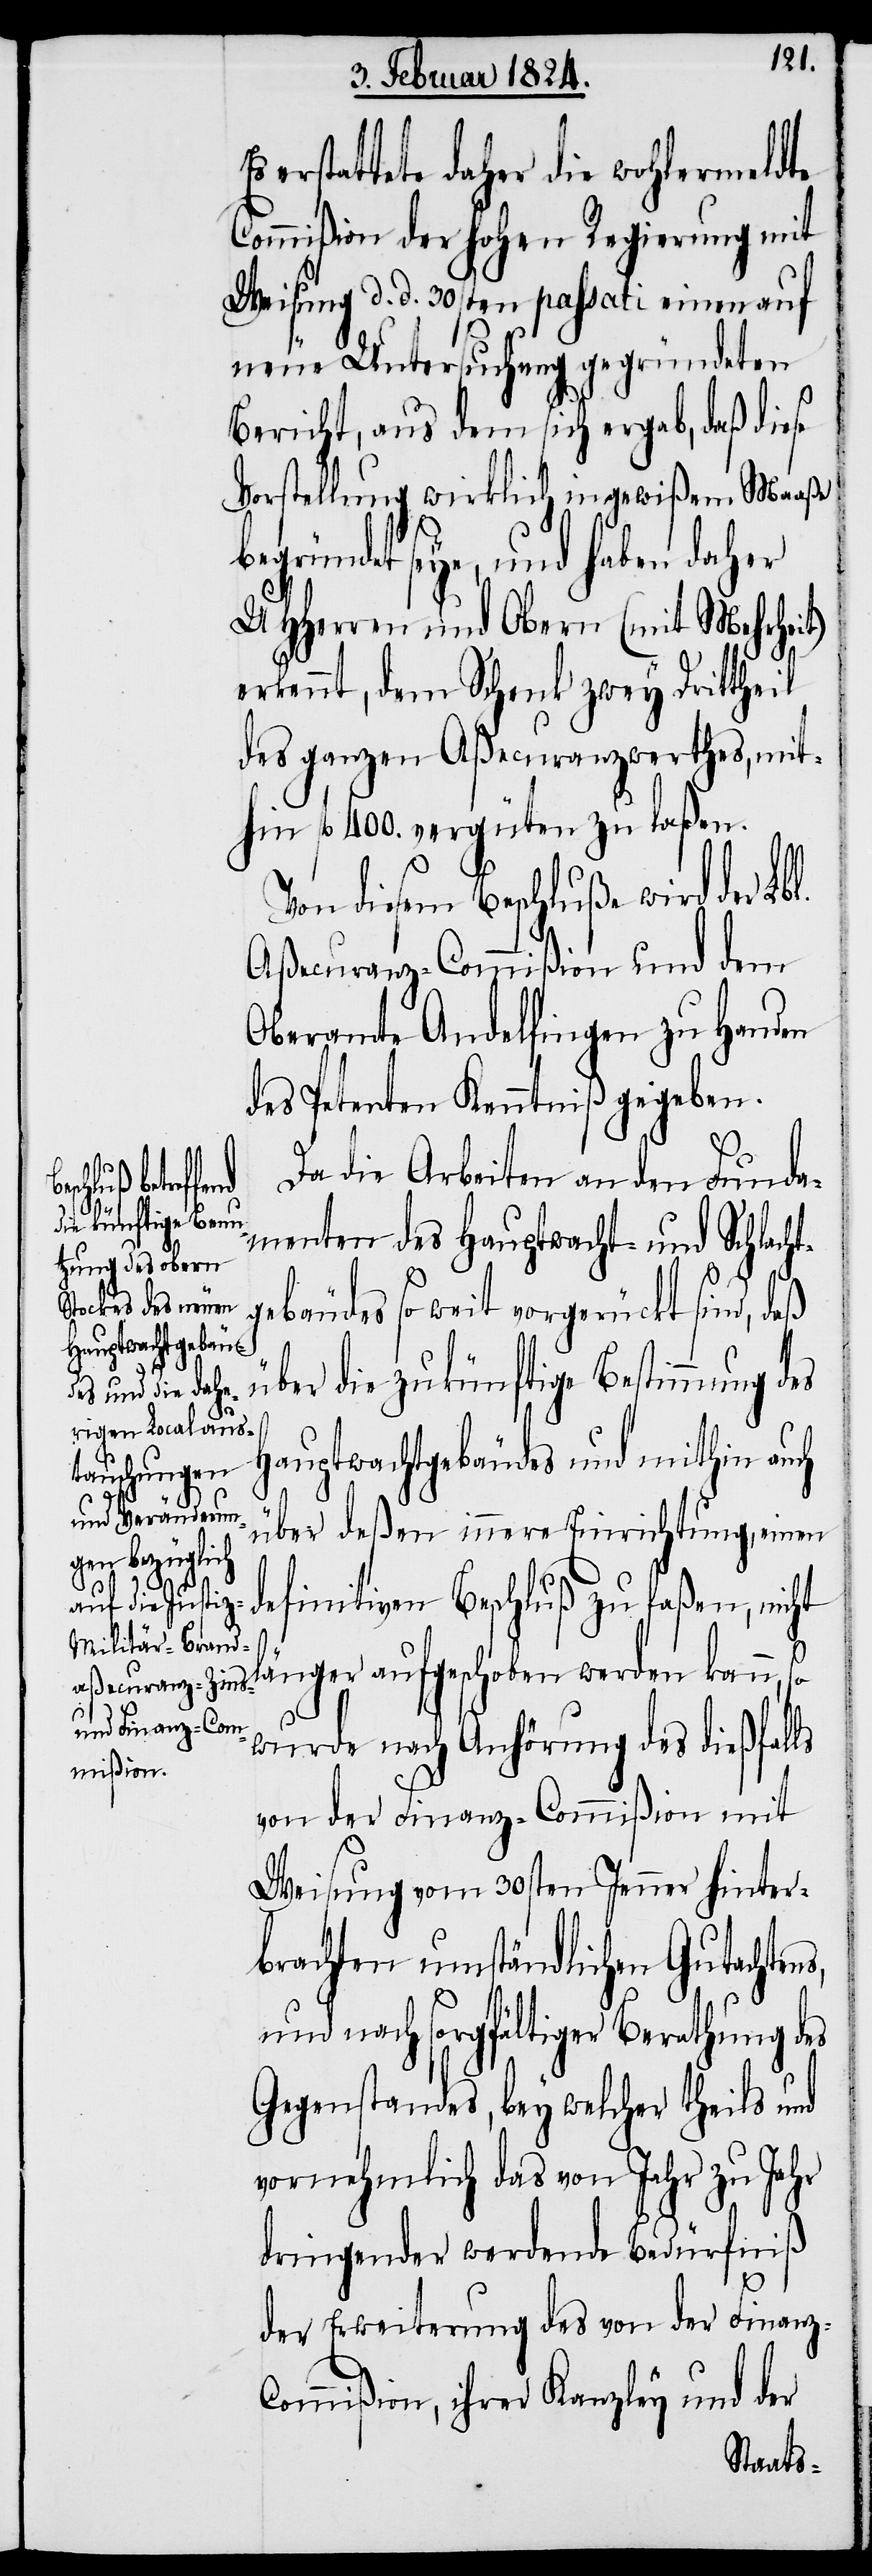
Es

erstatte daher die wohlermeldte
Commißion der hohen Regierung mit
Weisung d. d. 30sten passati einen auf
neue Untersuchung gegründeten
Bericht, aus dem sich ergab, daß diese
Vorstellung wirklich in gewißem Maaße
begründet seye, und haben daher
UHHerren und Obern (mit Mehrheit)
erkennt, dem Schenk zwey Drittheil
des ganzen Aßecuranzwerthes, mit¬
hin fl. 4000. vergüten zu laßen.
on diesem Beschluße wird der
Aßecuranz-Commißion und dem
Oberamte Andelfingen zu Handen
des Petenten Kenntniß gegeben.
Da die Arbeiten an den Funda¬
menten des Hauptwacht- und Schlach¬
gebäudes so weit vorgerückt sind, daß
über die zukünftige Bestimmung des
Hauptwachtgebäudes und mithin auch
über deßen innere Einrichtung, einen
definitiven Beschluß zu faßen, nicht
t¬
länger aufgeschoben werden kann, so
wurde nach Anhörung des dießfalls
von der Finanz-Commißion mit
Weisung vom 30sten Jenner hinter¬
brachten umständlichen Gutachtens,
und nach sorgfältiger Berathung des
Gegenstandes, bey welcher theils und
vornehmlich das von Jahr zu Jahr
dringender werdende Bedürfniß
der Erweiterung des von der Finanz-C¬
ommißion, ihrer Kanzley und der